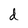
Character: d